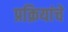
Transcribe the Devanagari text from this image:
प्रक्रियांचे